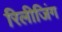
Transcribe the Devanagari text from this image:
रिलीजिंग